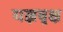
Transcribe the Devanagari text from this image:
यज्ञवृक्ष